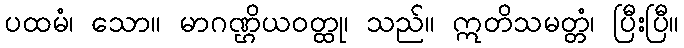
ပထမံ၊ သော။ မာဂဏ္ဌိယဝတ္ထု၊ သည်။ ဣတိသမတ္တံ၊ ပြီးပြီ။